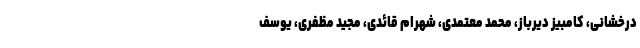
درخشانی، کامبیز دیرباز، محمد معتمدی، شهرام قائدی، مجید مظفری، یوسف